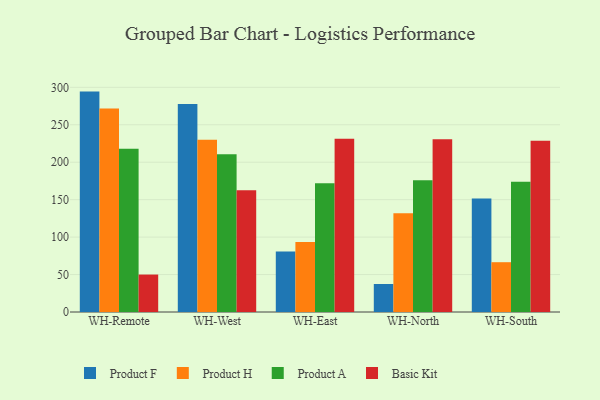
{"axis": {"x": "Warehouse", "y": "Active Users"}, "legend": ["Basic Kit", "Product A", "Product F", "Product H"], "data": [{"x": "WH-Remote", "y": 294.3, "type": "Product F"}, {"x": "WH-Remote", "y": 271.9, "type": "Product H"}, {"x": "WH-Remote", "y": 218.1, "type": "Product A"}, {"x": "WH-Remote", "y": 50.0, "type": "Basic Kit"}, {"x": "WH-West", "y": 277.8, "type": "Product F"}, {"x": "WH-West", "y": 229.9, "type": "Product H"}, {"x": "WH-West", "y": 210.7, "type": "Product A"}, {"x": "WH-West", "y": 162.7, "type": "Basic Kit"}, {"x": "WH-East", "y": 80.7, "type": "Product F"}, {"x": "WH-East", "y": 93.5, "type": "Product H"}, {"x": "WH-East", "y": 171.8, "type": "Product A"}, {"x": "WH-East", "y": 231.4, "type": "Basic Kit"}, {"x": "WH-North", "y": 37.4, "type": "Product F"}, {"x": "WH-North", "y": 132.0, "type": "Product H"}, {"x": "WH-North", "y": 176.0, "type": "Product A"}, {"x": "WH-North", "y": 230.7, "type": "Basic Kit"}, {"x": "WH-South", "y": 151.5, "type": "Product F"}, {"x": "WH-South", "y": 66.5, "type": "Product H"}, {"x": "WH-South", "y": 173.9, "type": "Product A"}, {"x": "WH-South", "y": 228.7, "type": "Basic Kit"}]}